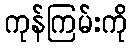
ကုန်ကြမ်းကို